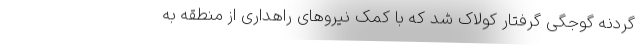
گردنه گوجگی گرفتار کولاک شد که با کمک نیروهای راهداری از منطقه به